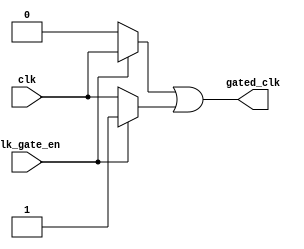
module clock_gating(
    input wire clk,                  // Original clock signal
    input wire clk_gate_en,         // Clock gating enable signal
    output wire gated_clk           // Gated clock output
);

    // Internal wires for transmission gate implementation
    wire n_gate_en;                // Inverted clock gating enable signal
    wire clk_n, clk_p;             // Clock signals for NMOS and PMOS

    // Invert the clk_gate_en signal for PMOS control
    assign n_gate_en = ~clk_gate_en;

    // NMOS configuration (pass gate for clock when clk_gate_en is high)
    assign clk_n = clk_gate_en ? clk : 1'b0;

    // PMOS configuration (pass gate for clock when clk_gate_en is low)
    assign clk_p = n_gate_en ? clk : 1'b1;

    // Gated clock output using wired-AND configuration of NMOS and PMOS
    assign gated_clk = clk_n | clk_p;

endmodule